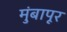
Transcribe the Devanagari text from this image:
मुंबापूर